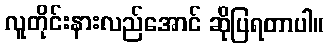
လူတိုင်းနားလည်အောင် ဆိုပြရတာပါ။